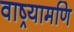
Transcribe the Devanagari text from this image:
वाष्र्यामणि